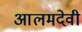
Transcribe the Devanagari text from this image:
आलमदेवी